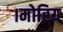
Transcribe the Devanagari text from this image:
।मोरिय